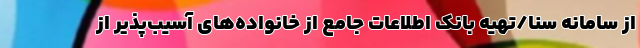
از سامانه سنا/تهیه بانک اطلاعات جامع از خانواده‌های آسیب‌پذیر از